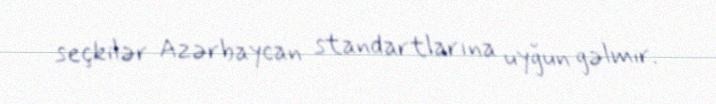
seçkilər Azərbaycan standartlarına uyğun gəlmir.